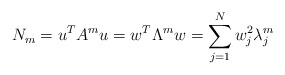
\begin{align*}N_{m}=u^{T}A^{m}u=w^{T}\Lambda^{m}w=\sum_{j=1}^{N}w_{j}^{2}\lambda_{j}^{m}\end{align*}